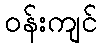
ဝန်းကျင်